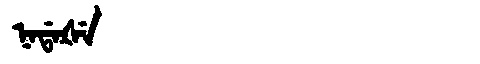
Manchu: ᠨᠠᡩᠠᡧᡝ
Romanization: NADAŠE